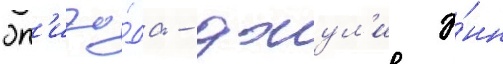
эп'изо́да - джул'и э́нн